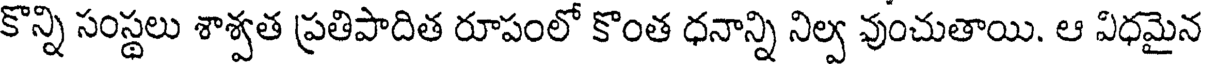
కొన్ని సంస్థలు శాశ్వత ప్రతిపాదిత రూపంలో కొంత ధనాన్ని నిల్వ వుంచుతాయి. ఆ విధమైన